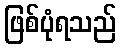
ဖြစ်ပုံရသည်